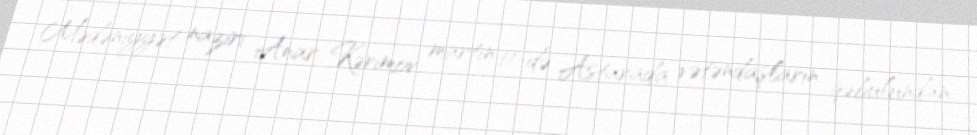
Mədəniyyət naziri Anar Kərimov martın 11-də Astarada vətəndaşların qəbulundan